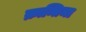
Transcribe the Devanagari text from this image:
क्रान्तिमा